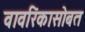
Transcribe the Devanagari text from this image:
वावरिंकासोबत